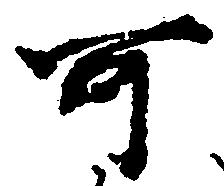
可